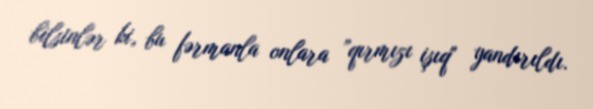
bilsinlər ki, bu fərmanla onlara ”qırmızı işıq" yandırıldı.